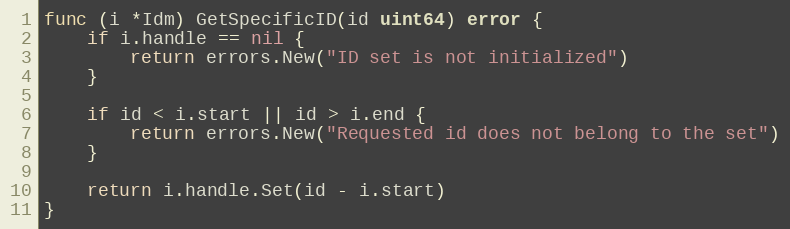
Language: Go
func (i *Idm) GetSpecificID(id uint64) error {
	if i.handle == nil {
		return errors.New("ID set is not initialized")
	}

	if id < i.start || id > i.end {
		return errors.New("Requested id does not belong to the set")
	}

	return i.handle.Set(id - i.start)
}